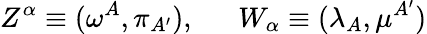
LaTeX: Z^{\alpha}\equiv(\omega^{A},\pi_{A^{\prime}}),\ \ \ \ \ \ W_{\alpha}\equiv(\lambda_{A},\mu^{A^{\prime}})